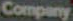
Company